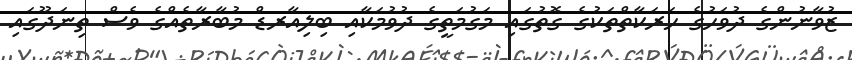
ޒުވާނުންގެ ދުވަހުގެ ހަރަކާތްތަކުގެ ގޮތުގައި މަގުމަތީގެ ދުވުމަކާއި ބިލިއާރޑް މުބާރާތެއްގެ ވެސް ތިނަދޫގައި